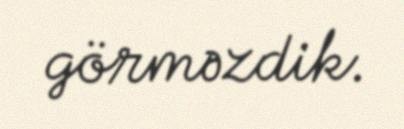
görməzdik.